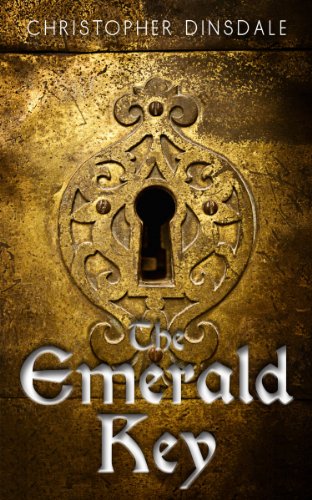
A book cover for The Emerald Key; Christopher Dinsdale; Teen & Young Adult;